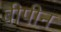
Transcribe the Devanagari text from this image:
बीपीन